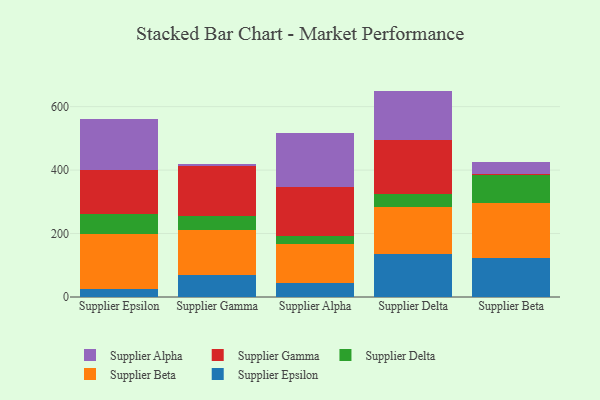
{"axis": {"x": "Supplier", "y": "Page Views"}, "legend": ["Supplier Alpha", "Supplier Beta", "Supplier Delta", "Supplier Epsilon", "Supplier Gamma"], "data": [{"x": "Supplier Epsilon", "y": 26.6, "type": "Supplier Epsilon"}, {"x": "Supplier Epsilon", "y": 171.0, "type": "Supplier Beta"}, {"x": "Supplier Epsilon", "y": 63.7, "type": "Supplier Delta"}, {"x": "Supplier Epsilon", "y": 137.6, "type": "Supplier Gamma"}, {"x": "Supplier Epsilon", "y": 162.1, "type": "Supplier Alpha"}, {"x": "Supplier Gamma", "y": 69.8, "type": "Supplier Epsilon"}, {"x": "Supplier Gamma", "y": 139.8, "type": "Supplier Beta"}, {"x": "Supplier Gamma", "y": 46.1, "type": "Supplier Delta"}, {"x": "Supplier Gamma", "y": 155.8, "type": "Supplier Gamma"}, {"x": "Supplier Gamma", "y": 7.2, "type": "Supplier Alpha"}, {"x": "Supplier Alpha", "y": 43.2, "type": "Supplier Epsilon"}, {"x": "Supplier Alpha", "y": 124.1, "type": "Supplier Beta"}, {"x": "Supplier Alpha", "y": 25.7, "type": "Supplier Delta"}, {"x": "Supplier Alpha", "y": 154.0, "type": "Supplier Gamma"}, {"x": "Supplier Alpha", "y": 168.9, "type": "Supplier Alpha"}, {"x": "Supplier Delta", "y": 136.1, "type": "Supplier Epsilon"}, {"x": "Supplier Delta", "y": 146.8, "type": "Supplier Beta"}, {"x": "Supplier Delta", "y": 42.3, "type": "Supplier Delta"}, {"x": "Supplier Delta", "y": 168.7, "type": "Supplier Gamma"}, {"x": "Supplier Delta", "y": 155.8, "type": "Supplier Alpha"}, {"x": "Supplier Beta", "y": 123.8, "type": "Supplier Epsilon"}, {"x": "Supplier Beta", "y": 171.1, "type": "Supplier Beta"}, {"x": "Supplier Beta", "y": 89.0, "type": "Supplier Delta"}, {"x": "Supplier Beta", "y": 5.1, "type": "Supplier Gamma"}, {"x": "Supplier Beta", "y": 36.4, "type": "Supplier Alpha"}]}